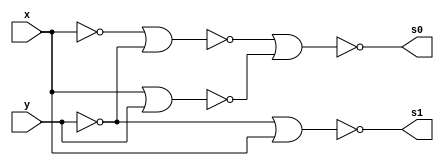
//Guia 03-5 MEIA-DIFERENA
//Nome: Matheus Felipe Silva Evangelista

module meia_diferenca(s0,s1,x,y);
output s0,s1;
input x,y;

wire t1,t2,t3,t4,t5,t6,t7,t8;
//combinao para simular uma xor com portas Nors
nor nor1(t1,x);
nor nor2(t2,y);
nor nor3(t3,t1,t2);
nor nor4(t4,x,y);
nor nor5(s0,t3,t4);

//combinao para simular uma not com portas Nors
nor not1(t6,x);

//combinao para fazer uma and com portas Nors
nor nor6(t7,y);
nor nor7(t8,t6);
nor nor8(s1,t7,t8);

endmodule

//teste

module teste_meia_diferenca;
reg a,b;
wire s0,s1;

//instancia
meia_diferenca m1(s0,s1,a,b);

//main
initial begin

$display("\n Guia 03-5");
$display("\n Meia diferena com portas Nors");
$display("\n Vout  A - B =              ");
    $monitor("  %b ||%b - %b = %b",s1,a,b,s0);

a=0;b=0;
#1 a=0;b=1;
#1 a=1;b=0;
#1 a=1;b=1;
end
endmodule
//Resultado

/*
	  Guia 03-5
     Meia diferena com portas Nors


     Vout  A - B =              
      0 ||0 - 0 = 0
      1 ||0 - 1 = 1
      0 ||1 - 0 = 1
      0 ||1 - 1 = 0


*/